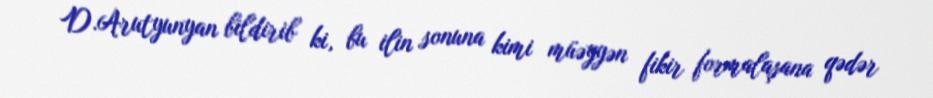
D.Arutyunyan bildirib ki, bu ilin sonuna kimi müəyyən fikir formalaşana qədər